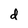
Character: d